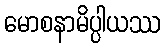
မောစနာမိပ္ပါယဿ